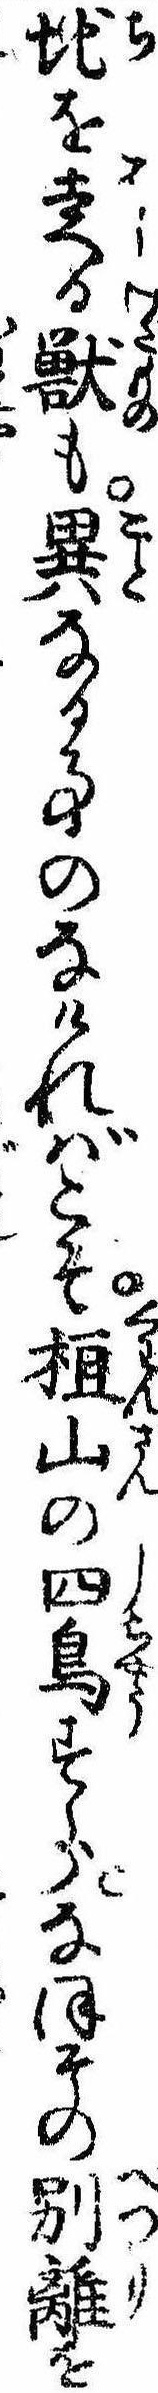
地を走る獣も異なる事のなければこそ桓山の四鳥すらなほその別離を